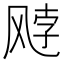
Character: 𫗈